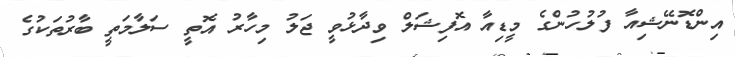
އިންޑޮނޭޝިއާ ފުލުހުންގެ މީޑިއާ އޮފިޝަލް ވިދާޅުވީ ޖަލު މިހާރު އޮތީ ސަލާމަތީ ބާރުތަކުގެ